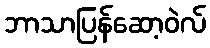
ဘာသာပြန်ဆော့ဝဲလ်